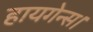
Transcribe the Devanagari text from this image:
हायगेन्स।